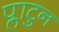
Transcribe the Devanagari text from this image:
प्लाटुन